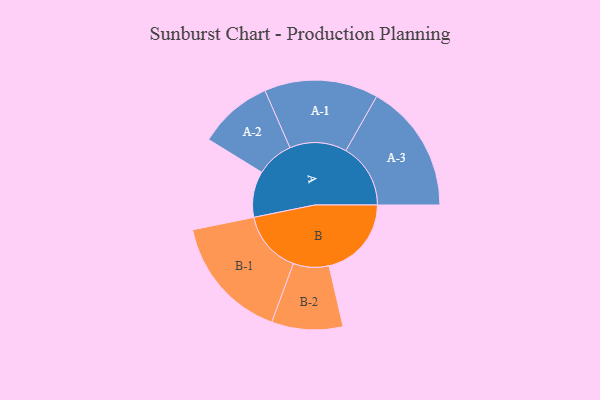
{"axis": {"x": "Segment", "y": "Value"}, "legend": ["", "A", "B"], "data": [{"x": "A", "y": 203, "type": ""}, {"x": "B", "y": 363, "type": ""}, {"x": "A-1", "y": 251, "type": "A"}, {"x": "A-2", "y": 164, "type": "A"}, {"x": "A-3", "y": 285, "type": "A"}, {"x": "B-1", "y": 275, "type": "B"}, {"x": "B-2", "y": 157, "type": "B"}]}